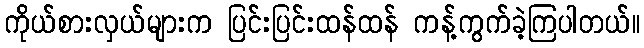
ကိုယ်စားလှယ်များက ပြင်းပြင်းထန်ထန် ကန့်ကွက်ခဲ့ကြပါတယ်။